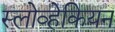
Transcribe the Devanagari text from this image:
स्लोव्हेकियन